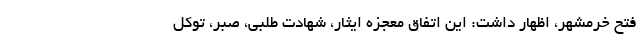
فتح خرمشهر، اظهار داشت: این اتفاق معجزه ایثار، شهادت طلبی، صبر، توکل